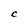
Character: C